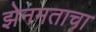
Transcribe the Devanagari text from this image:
झेनमताचा